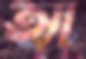
আ